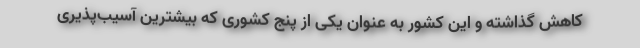
کاهش گذاشته و این کشور به عنوان یکی از پنج کشوری که بیشترین آسیب‌پذیری